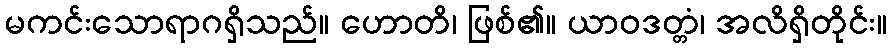
မကင်းသောရာဂရှိသည်။ ဟောတိ၊ ဖြစ်၏။ ယာဝဒတ္တံ၊ အလိရှိတိုင်း။